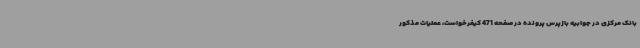
بانک مرکزی در جوابیه بازپرس پرونده در صفحه 471 کیفرخواست، عملیات مذکور